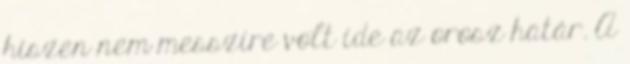
hiszen nem messzire volt ide az orosz határ. A